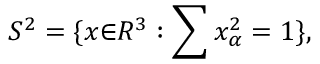
S ^ { 2 } = \{ x { \in } R ^ { 3 } : \sum x _ { \alpha } ^ { 2 } = 1 \} ,